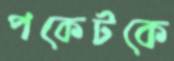
পকেটকে